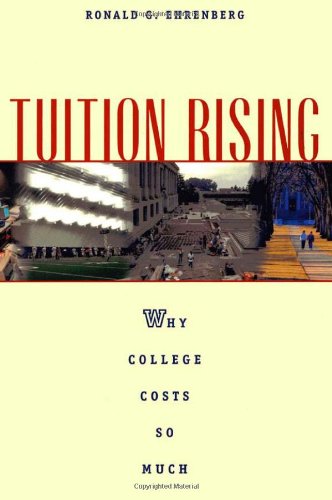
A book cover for Tuition Rising: Why College Costs So Much, With a new preface; Ronald G. Ehrenberg; Business & Money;